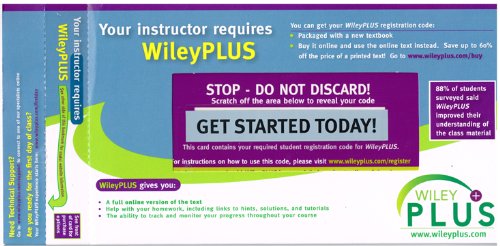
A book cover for WileyPLUS Stand-Alone Access Code; WileyPLUS Stand-Alone Access Code; Science & Math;